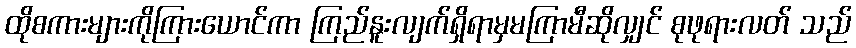
ထိုစကားများကိုကြားယောင်ကာ ကြည်နူးလျက်ရှိရာမှမကြာမီဆိုလျှင် စုဖုရားလတ် သည်